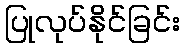
ပြုလုပ်နိုင်ခြင်း